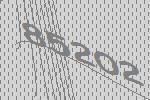
85202